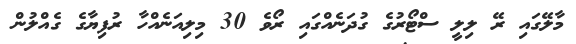
މާލޭގައި ރޭ ލިލީ ސްޓޯރުގެ ގުދަނެއްގައި ރޯވެ 30 މިލިއަނެއްހާ ރުފިޔާގެ ގެއްލުން